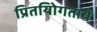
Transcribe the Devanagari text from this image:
प्रितयोिगतायें